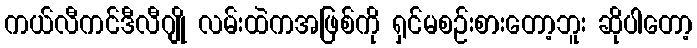
ကယ်လီကင်ဒီလီဂျို လမ်းထဲကအဖြစ်ကို ရှင်မစဉ်းစားတော့ဘူး ဆိုပါတော့